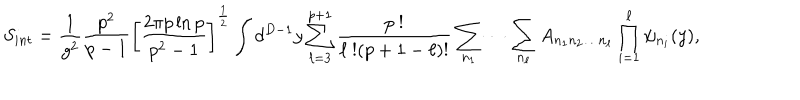
S _ { i n t } = \frac { 1 } { g ^ { 2 } } \frac { p ^ { 2 } } { p - 1 } \left[ \frac { 2 \pi p \ln p } { p ^ { 2 } - 1 } \right] ^ { \frac { 1 } { 2 } } \int d ^ { D - 1 } y \sum _ { \ell = 3 } ^ { p + 1 } \frac { p \ ! } { \ell \ ! ( p + 1 - \ell ) ! } \sum _ { n _ { 1 } } \cdots \sum _ { n _ { \ell } } A _ { n _ { 1 } n _ { 2 } \dots n _ { \ell } } \prod _ { i = 1 } ^ { \ell } \psi _ { n _ { i } } ( y ) ,